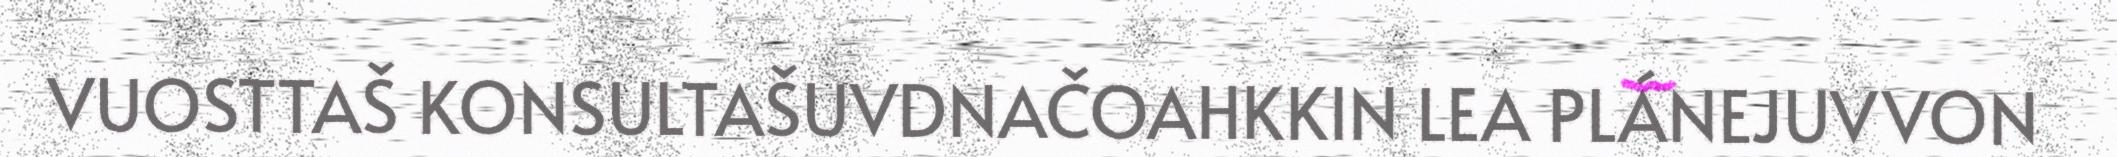
VUOSTTAŠ KONSULTAŠUVDNAČOAHKKIN LEA PLÁNEJUVVON